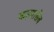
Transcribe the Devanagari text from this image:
कड़वासेब